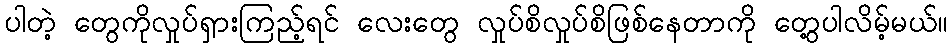
ပါတဲ့ တွေကိုလှုပ်ရှားကြည့်ရင် လေးတွေ လှုပ်စိလှုပ်စိဖြစ်နေတာကို တွေ့ပါလိမ့်မယ်။